Vabadussoja_Ajaloo_Komitee, lk 34
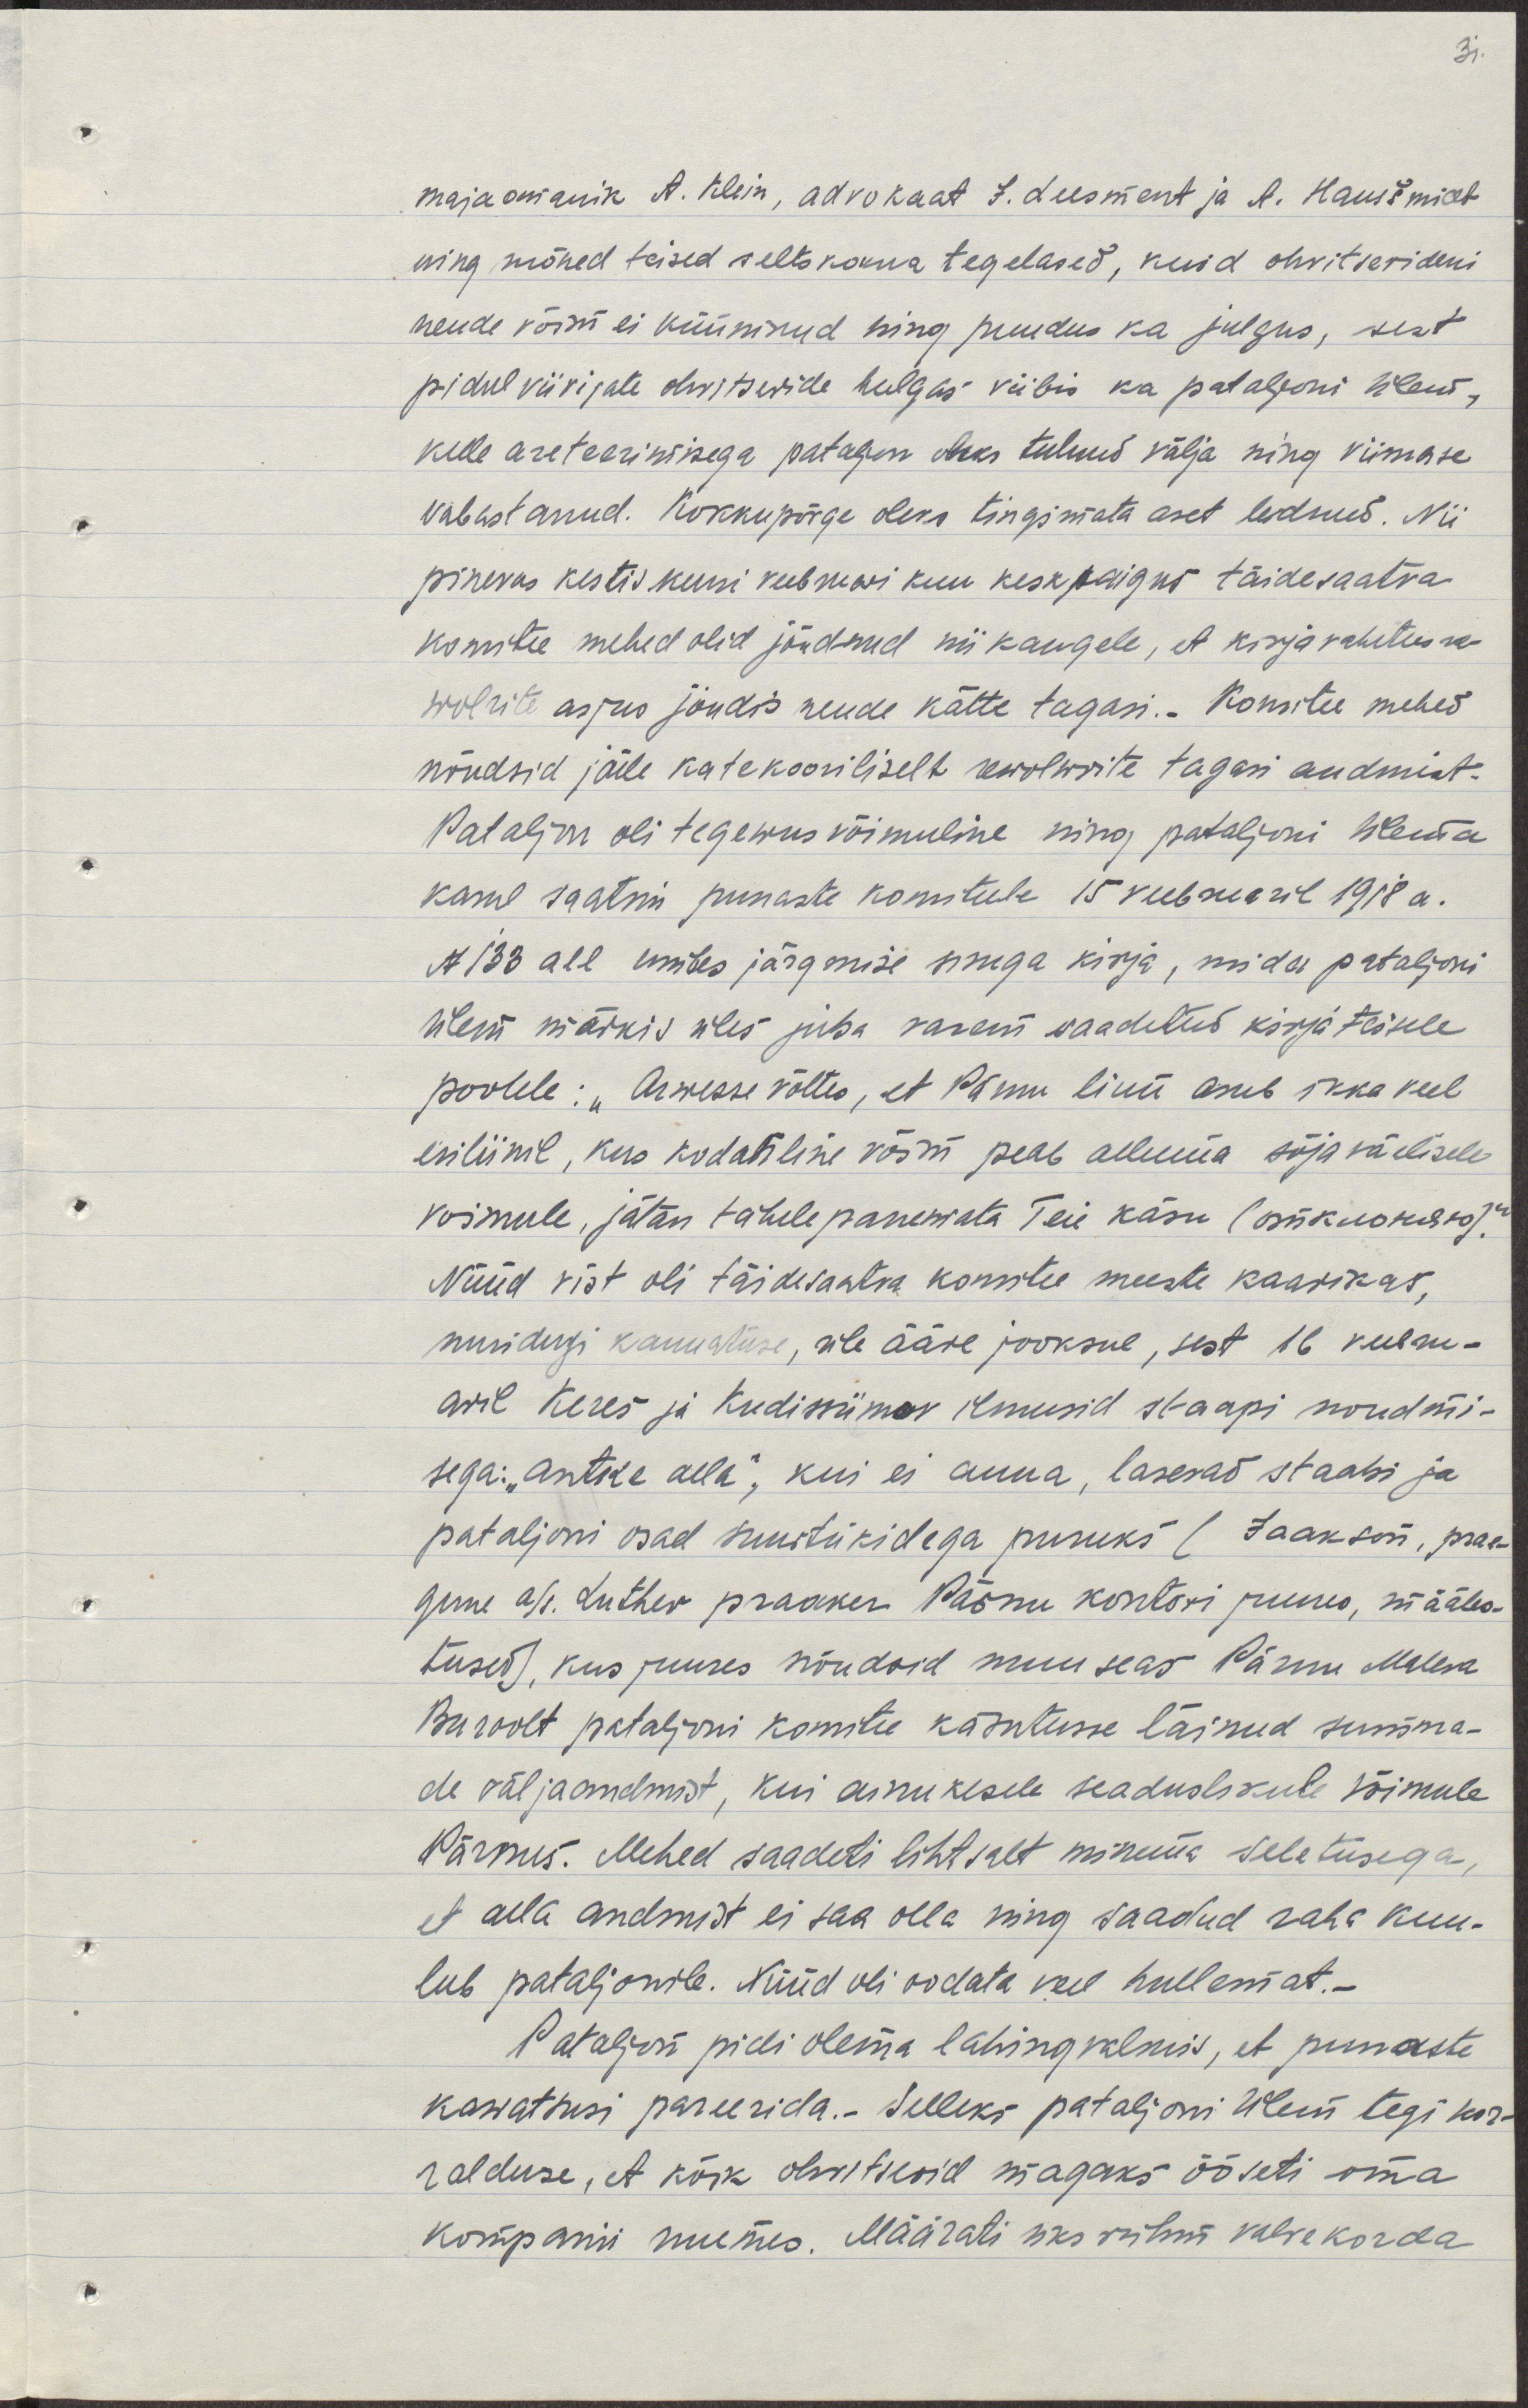
majaomanik A. Klein, advokaat J. Leesment ja A. Hausšmidt
ning mõned teised seltskonna tegelased, kuid ohvitserideni
nende võim ei küüninud ning puudus ka julgus, sest
pidul viivijate ohvitseride hulgas viibis ka pataljoni ülemus, 
kelle areteerimisega pataljon oleks tulnud välja ning viimase
vabastanud. Kokkupõrge oleks tingimata aset leidnud. Nii
pinevas kestis kuni veebruari kuu keskpaigus täidesaatva
komitee mehed olid jõudnud nii kaugele, et kirjavahetus re-
wolrite asjus jõudis nende kätte tagasi.- Komitee mehed 
nõudsid jälle katekooriliselt rewolwrite tagasi andmist.
Pataljon oli tegewus võimeline ning pataljoni ülema
käsul saatsin punaste komiteele 15 veebruaril 1918a.
N133 all umbes järgmise sisuga kirja, mida pataljoni
ülem märkis üles juba varem saadetud kirja teisele 
poolele: "Arwesse võttes, et Pärnu linn asub ikka veel  
esiliinil, kus kodanline võim peab alluma sõjaväelise
võimule, jätan tähelepanemata Teie käsu (отклоняно)."
Nüüd vist oli täidesaatva komitee meeste kaarikas, 
muidugi kannatuse, üle ääre jooksul, sest 16 veebru-
aril Keres ja Kudissiimov ilmusid staapi nõudmi-
sega: "Antke alla", kui ei anna, lasevad staabi ja 
pataljoni osad suurtükidega puruks (Jaakson, prae-
gune a/s. Luther praaker Pärnu kontori juures, määles-
tused), kus juures nõudsid muu seas Pärnu Maleva
Buroolt pataljoni komitee käsutusse läinud summa-
de väljaandmist, kui ainukesele seaduslikule võimule 
Pärnus. Mehed saadeti lihtsalt minema seletusega,
et alla andmist ei saa olla ning saadud raha kuu-
lub pataljonile. Nüüd oli oodata veel hullemat.
Pataljon pidi olema lahinguvalmis, et punaste 
kawatsusi pareerida.- Selleks pataljoni ülem tegi ko-
ralduse, et kõik ohvitserid magaks õõsiti oma
kompanii ruumes. Määrati üks rühm valvekorda